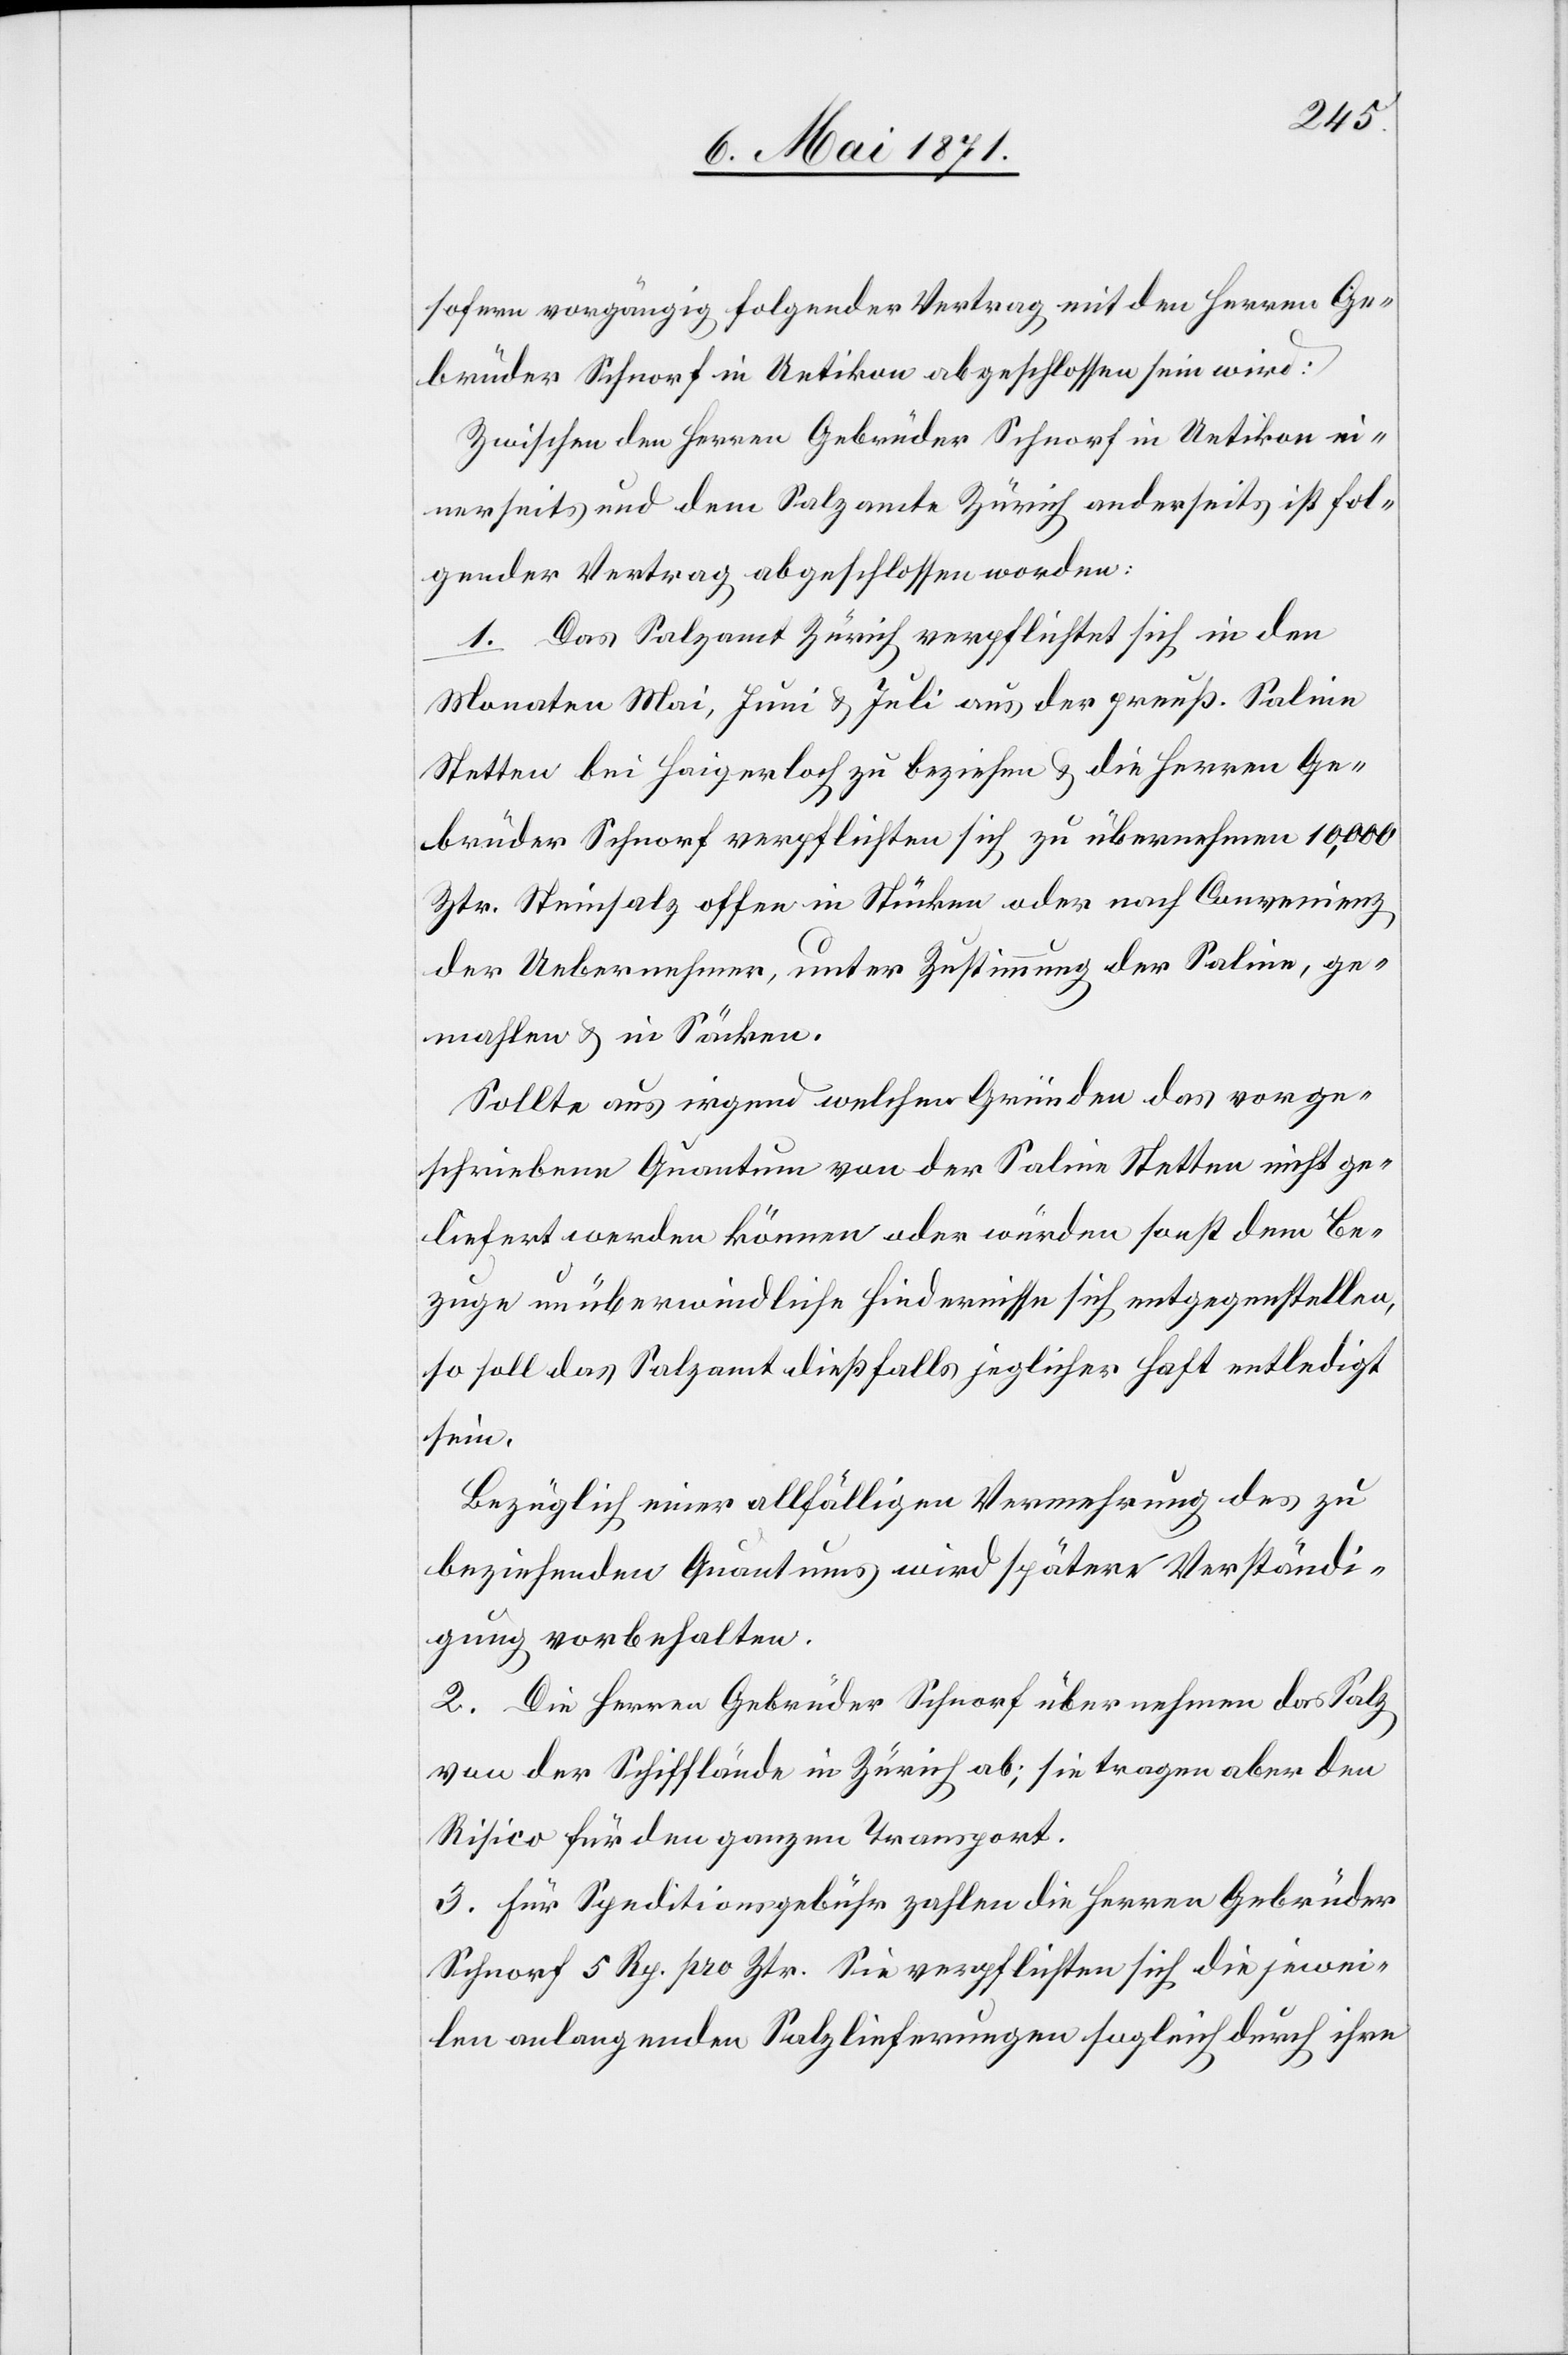
sofern vorgängig folgender Vertrag mit den Herren Ge¬
brüder Schnorf in Uetikon abgeschlossen sein wird:
Zwischen den Herren Gebrüder Schnorf in Uetikon ei¬
nerseits und dem Salzamte Zürich anderseits ist fol¬
gender Vertrag abgeschlossen worden:
1. Das Salzamt Zürich verpflichtet sich in den
Monaten Mai, Juni u. Juli aus der preuß. Saline
Stetten bei Haigerloch zu beziehen u. die Herren Ge¬
brüder Schnorf verpflichten sich zu übernehmen 10,000
Ztr. Steinsalz offen in Stücken oder nach Convenienz
der Uebernehmer, unter Zustimmung der Saline, ge¬
mahlen u. in Säcken.
Sollte aus irgend welchen Gründen das vorge¬
schriebene Quantum von der Saline Stetten nicht ge¬
liefert werden können oder würden sonst dem Be¬
zuge unüberwindliche Hindernisse sich entgegenstellen,
so soll das Salzamt dießfalls jeglicher Haft entledigt
sein.
Bezüglich einer allfälligen Vermehrung des zu
beziehenden Quantums wird später Verständi¬
gung vorbehalten.
2. Die Herren Gebrüder Schnorf übernehmen das Salz
von der Schifflände in Zürich ab; sie tragen aber den
Risico für den ganzen Transport.
3. Für Speditionsgebühr zahlen die Herren Gebrüder
Schnorf 5 Rp. pro Ztr. Sie verpflichten sich die jewei¬
len anlangenden Salzlieferungen sogleich durch ihre